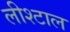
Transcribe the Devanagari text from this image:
लीश्टाल